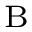
_ { \mathrm { ~ B ~ } }